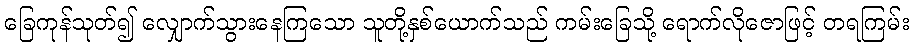
ခြေကုန်သုတ်၍ လျှောက်သွားနေကြသော သူတို့နှစ်ယောက်သည် ကမ်းခြေသို့ ရောက်လိုဇောဖြင့် တရကြမ်း